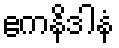
ဧကနိဒါနံ